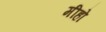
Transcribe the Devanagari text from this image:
मीहो